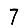
Digit: 7